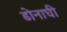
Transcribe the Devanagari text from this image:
डोनाघी